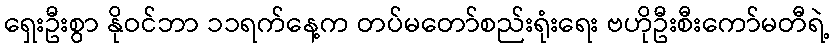
ရှေးဦးစွာ နိုဝင်ဘာ ၁၁ရက်နေ့က တပ်မတော်စည်းရုံးရေး ဗဟိုဦးစီးကော်မတီရဲ့